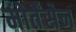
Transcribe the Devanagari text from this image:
मोर्तेंसेन